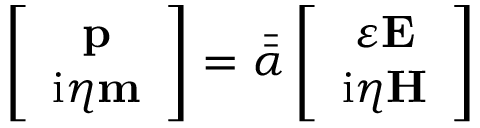
\left[ \begin{array} { c } { \mathbf { p } } \\ { \mathrm { i } \eta \mathbf { m } } \end{array} \right] = \bar { \bar { \alpha } } \left[ \begin{array} { c } { \varepsilon \mathbf { E } } \\ { \mathrm { i } \eta \mathbf { H } } \end{array} \right]